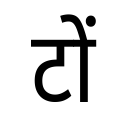
OCR:
टों